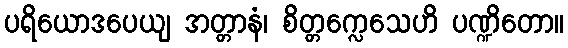
ပရိယောဒပေယျ အတ္တာနံ၊ စိတ္တက္လေသေဟိ ပဏ္ဍိတော။